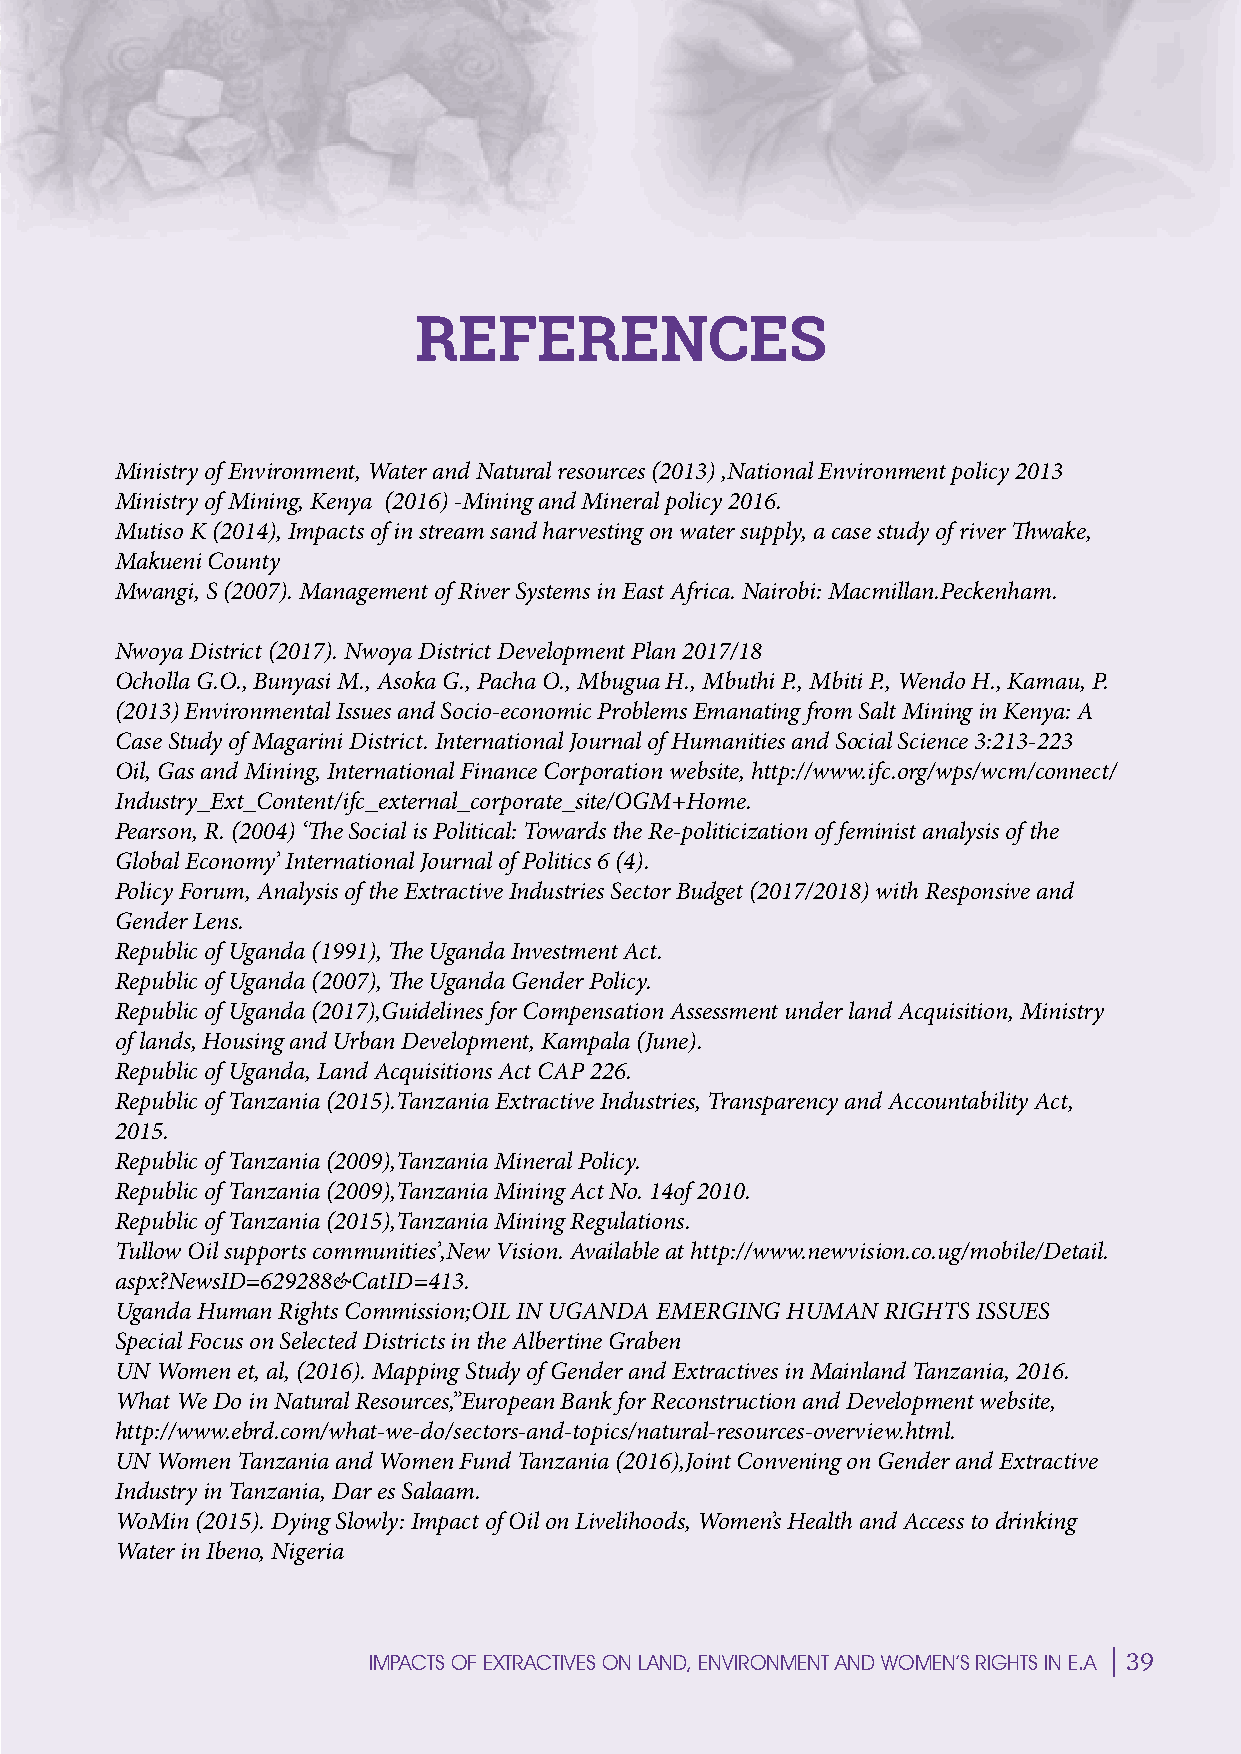
S
 REFERENCES
 P
 Ministry of Environment, Water and Natural resources (2013) ,National Environment policy 2013
 Ministry of Mining, Kenya (2016) -Mining and Mineral policy 2016.
 Mutiso K (2014), Impacts of in stream sand harvesting on water supply, a case study of river Thwake,
 Makueni County
 Mwangi, S (2007). Management of River Systems in East Africa. Nairobi: Macmillan.Peckenham.
 E
 Nwoya District (2017). Nwoya District Development Plan 2017/18
 Ocholla G.O., Bunyasi M., Asoka G., Pacha O., Mbugua H., Mbuthi P., Mbiti P., Wendo H., Kamau, P.
 (2013) Environmental Issues and Socio-economic Problems Emanating from Salt Mining in Kenya: A
 Case Study of Magarini District. International Journal of Humanities and Social Science 3:213-223
 C
 Oil, Gas and Mining, International Finance Corporation website, http://www.ifc.org/wps/wcm/connect/
 Industry_Ext_Content/ifc_external_corporate_site/OGM+Home.
 Pearson, R. (2004) ‘The Social is Political: Towards the Re-politicization of feminist analysis of the
 I
 Global Economy’ International Journal of Politics 6 (4).
 Policy Forum, Analysis of the Extractive Industries Sector Budget (2017/2018) with Responsive and
 Gender Lens.
 Republic of Uganda (1991), The Uganda Investment Act.
 Republic of Uganda (2007), The Uganda Gender Policy.
 E
 Republic of Uganda (2017),Guidelines for Compensation Assessment under land Acquisition, Ministry
 of lands, Housing and Urban Development, Kampala (June).
 Republic of Uganda, Land Acquisitions Act CAP 226.
 Republic of Tanzania (2015).Tanzania Extractive Industries, Transparency and Accountability Act,
 2015.
 M
 Republic of Tanzania (2009),Tanzania Mineral Policy.
 Republic of Tanzania (2009),Tanzania Mining Act No. 14of 2010.
 Republic of Tanzania (2015),Tanzania Mining Regulations.
 Tullow Oil supports communities’,New Vision. Available at http://www.newvision.co.ug/mobile/Detail.
 aspx?NewsID=629288&CatID=413.
 Uganda Human Rights Commission;OIL IN UGANDA EMERGING HUMAN RIGHTS ISSUES
 Special Focus on Selected Districts in the Albertine Graben E
 UN Women et, al, (2016). Mapping Study of Gender and Extractives in Mainland Tanzania, 2016.
 What We Do in Natural Resources,”European Bank for Reconstruction and Development website,
 http://www.ebrd.com/what-we-do/sectors-and-topics/natural-resources-overview.html.
 UN Women Tanzania and Women Fund Tanzania (2016),Joint Convening on Gender and Extractive
 Industry in Tanzania, Dar es Salaam.              N
 WoMin (2015). Dying Slowly: Impact of Oil on Livelihoods, Women’s Health and Access to drinking
 Water in Ibeno, Nigeria
 39
 IMPACTS OF EXTRACTIVES ON LAND, ENVIRONMENT AND WOMEN’S RIGHTS IN E.A